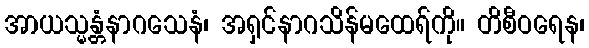
အာယသ္မန္တံနာဂသေနံ၊ အရှင်နာဂသိန်မထေရ်ကို။ တိစီဝရေန၊